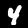
Digit: 4